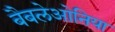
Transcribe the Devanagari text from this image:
बैबलेओनिया